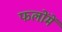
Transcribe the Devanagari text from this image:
फलोंमें